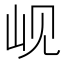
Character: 岘